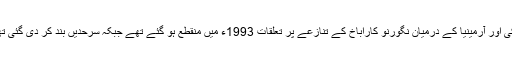
ترکی اور آرمینیا کے درمیان نگورنو کاراباخ کے تنازعے پر تعلقات 1993ء میں منقطع ہو گئے تھے جبکہ سرحدیں بند کر دی گئی تھیں۔